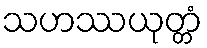
သဟဿယုတ္တံ